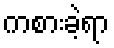
ကစားခဲ့ရာ